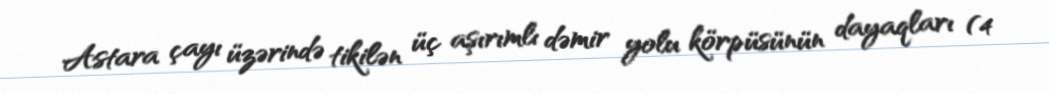
Astara çayı üzərində tikilən üç aşırımlı dəmir yolu körpüsünün dayaqları (4